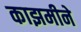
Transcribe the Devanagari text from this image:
काझमीने